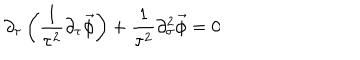
LaTeX: \partial _ { \tau } \left( \frac { 1 } { \tau ^ { 2 } } \partial _ { \tau } \vec { \phi } \right) + \frac { 1 } { \tau ^ { 2 } } \partial _ { \sigma } ^ { 2 } \vec { \phi } = 0